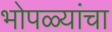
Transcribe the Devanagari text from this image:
भोपळ्यांचा